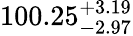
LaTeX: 100.25_{-2.97}^{+3.19}